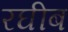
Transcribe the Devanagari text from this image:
रघीब